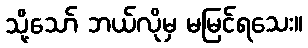
သို့သော် ဘယ်လိုမှ မမြင်ရသေး။